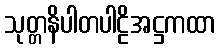
သုတ္တနိပါတပါဠိအဋ္ဌကထာ